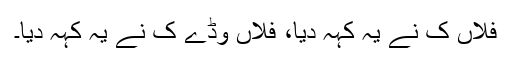
فلاں ک نے یہ کہہ دیا، فلاں وڈے ک نے یہ کہہ دیا۔